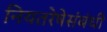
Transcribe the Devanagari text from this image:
नियतरेषेसंबंधी